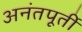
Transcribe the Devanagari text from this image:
अनंतपूर्ती